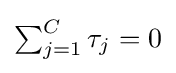
{\textstyle \sum _{j=1}^{C}\tau _{j}=0}